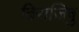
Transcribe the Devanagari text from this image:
विराजिषु